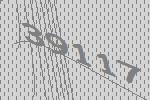
39117